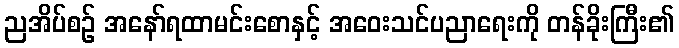
ညအိပ်စဉ် အနော်ရထာမင်းစောနှင့် အဝေးသင်ပညာရေးကို တန်ခိုးကြီး၏